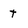
Character: t